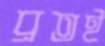
ব্রতই